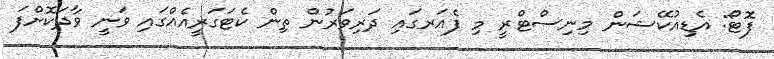
ފޮޓޯ: އެޑިއުކޭޝަން މިނިސްޓްރީ މި ފެއަރގައި ދަރިވަރުން ތިން ކެޓަގަރީއެއްގައި ވަނީ ވާދަކޮށްފަ